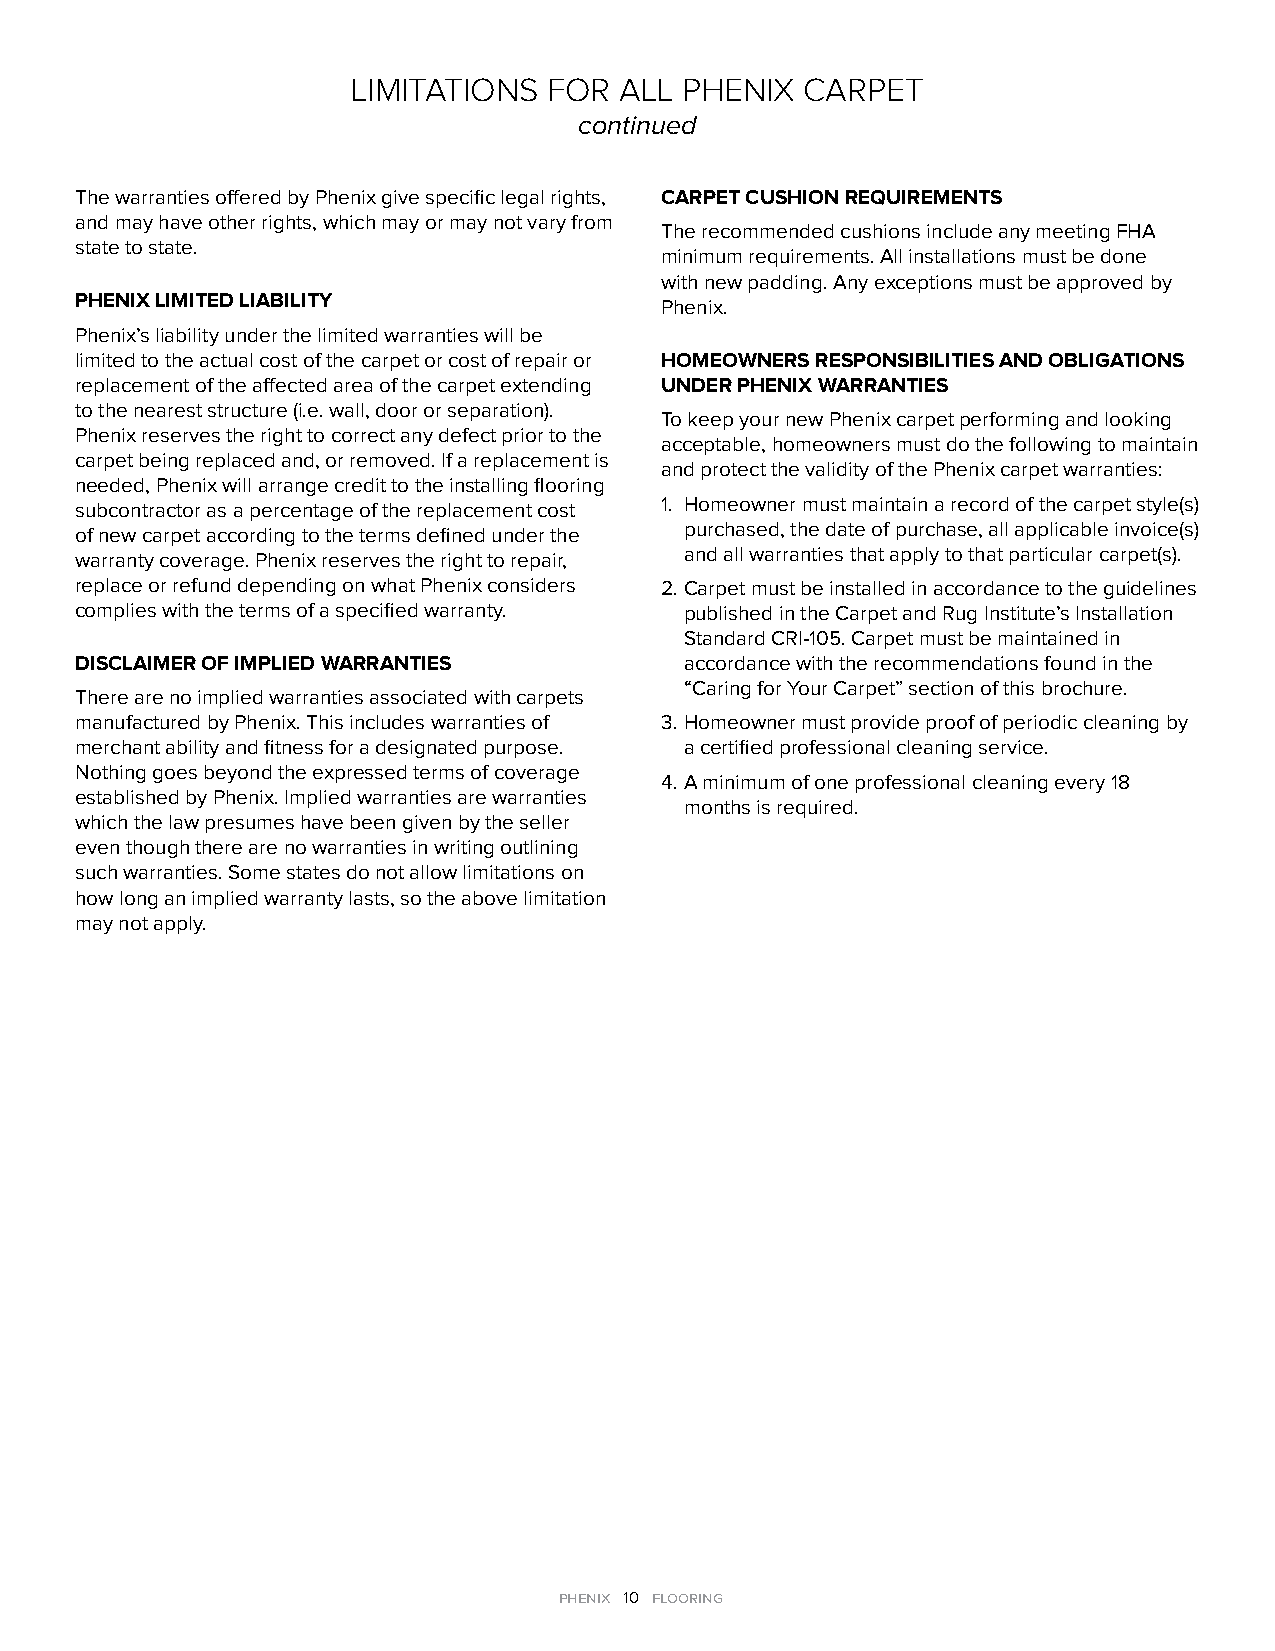
LIMITATIONS  FOR  ALL PHENIX  CARPET
 continued
 The warranties offered by Phenix give specific legal rights, CARPET CUSHION REQUIREMENTS
 and may have other rights, which may or may not vary from
 The recommended cushions include any meeting FHA
 state to state.
 minimum requirements. All installations must be done
 with new padding. Any exceptions must be approved by
 PHENIX LIMITED LIABILITY               Phenix.
 Phenix’s liability under the limited warranties will be
 limited to the actual cost of the carpet or cost of repair or HOMEOWNERS RESPONSIBILITIES AND OBLIGATIONS
 replacement of the affected area of the carpet extending UNDER PHENIX WARRANTIES
 to the nearest structure (i.e. wall, door or separation).
 To keep your new Phenix carpet performing and looking
 Phenix reserves the right to correct any defect prior to the
 acceptable, homeowners must do the following to maintain
 carpet being replaced and, or removed. If a replacement is
 and protect the validity of the Phenix carpet warranties:
 needed, Phenix will arrange credit to the installing flooring
 subcontractor as a percentage of the replacement cost 1. Homeowner must maintain a record of the carpet style(s)
 of new carpet according to the terms defined under the purchased, the date of purchase, all applicable invoice(s)
 warranty coverage. Phenix reserves the right to repair, and all warranties that apply to that particular carpet(s).
 replace or refund depending on what Phenix considers 2. Carpet must be installed in accordance to the guidelines
 complies with the terms of a specified warranty. published in the Carpet and Rug Institute’s Installation
 Standard CRI-105. Carpet must be maintained in
 DISCLAIMER OF IMPLIED WARRANTIES        accordance with the recommendations found in the
 “Caring for Your Carpet” section of this brochure.
 There are no implied warranties associated with carpets
 manufactured by Phenix. This includes warranties of 3. Homeowner must provide proof of periodic cleaning by
 merchant ability and fitness for a designated purpose. a certified professional cleaning service.
 Nothing goes beyond the expressed terms of coverage
 4. A minimum of one professional cleaning every 18
 established by Phenix. Implied warranties are warranties
 months is required.
 which the law presumes have been given by the seller
 even though there are no warranties in writing outlining
 such warranties. Some states do not allow limitations on
 how long an implied warranty lasts, so the above limitation
 may not apply.
 phenix 10 flooring